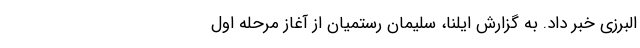
البرزی خبر داد. به گزارش ایلنا، سلیمان رستمیان از آغاز مرحله اول